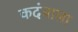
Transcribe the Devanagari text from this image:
कदंबाला